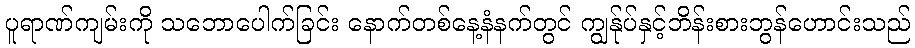
ပူရာဏ်ကျမ်းကို သဘောပေါက်ခြင်း နောက်တစ်နေ့နံနက်တွင် ကျွန်ုပ်နှင့်ဘိန်းစားဘွန်ဟောင်းသည်